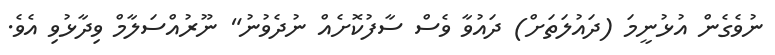
ނުވެގެން އުޅުނީމަ (ދައުލަތަށް) ދައުވާ ވެސް ސާފުކޮށެއް ނުދެވުނު" ނޫރުއްސަލާމް ވިދާޅުވި އެވެ.